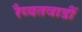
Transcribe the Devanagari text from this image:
रैय्यतवाडीं